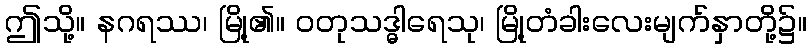
ဤသို့။ နဂရဿ၊ မြို့၏။ ဝတုသဒ္ဓါရေသု၊ မြို့တံခါးလေးမျက်နှာတို့၌။